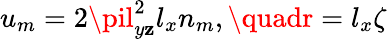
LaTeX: u_{m}=2\pil_{y\mathbf{z}}^{2}l_{x}n_{m},\quadr=l_{x}\zeta